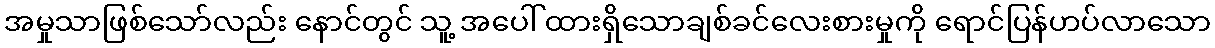
အမှုသာဖြစ်သော်လည်း နောင်တွင် သူ့ အပေါ် ထားရှိသောချစ်ခင်လေးစားမှုကို ရောင်ပြန်ဟပ်လာသော